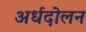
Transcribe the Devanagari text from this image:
अर्धदोलन